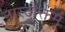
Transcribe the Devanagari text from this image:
नारदोक्तम्